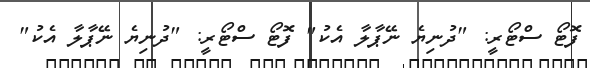
ފޮޓޯ ސްޓޯރީ: "ދުނިޔެ ނޭޕާލާ އެކު" ފޮޓޯ ސްޓޯރީ: "ދުނިޔެ ނޭޕާލާ އެކު"